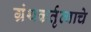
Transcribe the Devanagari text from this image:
ग्रंथकर्तृत्वाचे